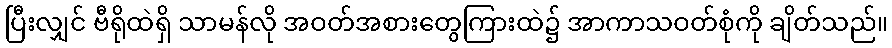
ပြီးလျှင် ဗီရိုထဲရှိ သာမန်လို အဝတ်အစားတွေကြားထဲ၌ အာကာသဝတ်စုံကို ချိတ်သည်။